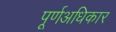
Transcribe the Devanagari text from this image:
पूर्णअधिकार